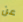
عن